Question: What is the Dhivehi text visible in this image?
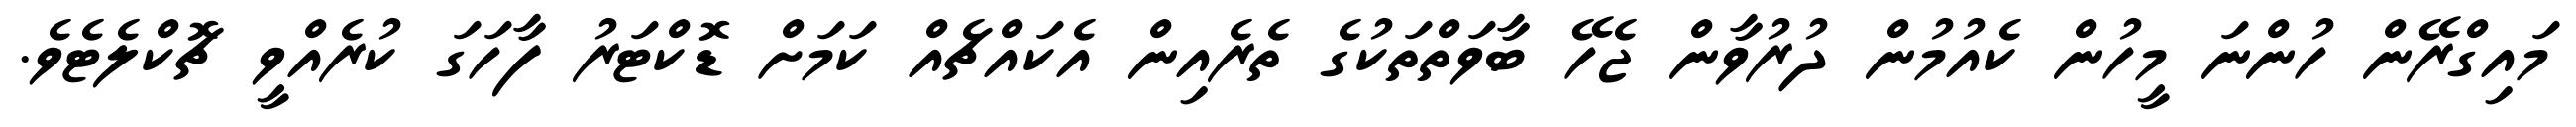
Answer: މައިގްރޭން ހުންނަ މީހުން ކެއުމުން ދުރުވާން ޖެހޭ ބާވަތްތަކުގެ ތެރެއިން އެކައްޗެއް ކަމަށް ޑޮކްޓަރު ފާހަގަ ކުރެއްވީ ޗޮކްލެޓެވެ.